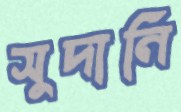
সুদানি